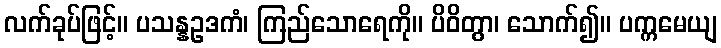
လက်ခုပ်ဖြင့်။ ပသန္နဥဒကံ၊ ကြည်သောရေကို။ ပိဝိတွာ၊ သောက်၍။ ပက္ကမေယျ